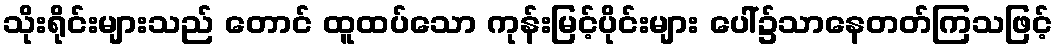
သိုးရိုင်းများသည် တောင် ထူထပ်သော ကုန်းမြင့်ပိုင်းများ ပေါ်၌သာနေတတ်ကြသဖြင့်